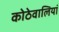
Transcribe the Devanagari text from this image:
कोठेवालियां